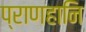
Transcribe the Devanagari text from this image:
प्राणहानि